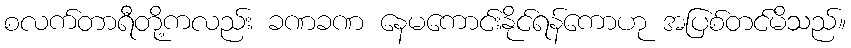
စလက်တာရီတို့ကလည်း ခဏခဏ နေမကောင်းနိုင်ရန်ကောဟု အပြစ်တင်မိသည်။